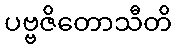
ပဗ္ဗဇိတောသီတိ